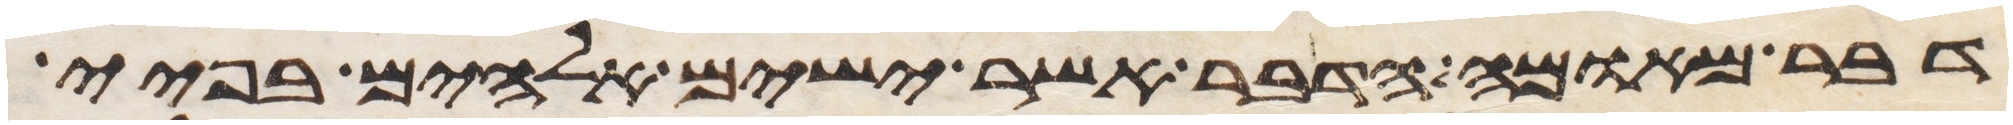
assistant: דבר מאומה הדבר אשר ישים אלהים בפיי